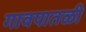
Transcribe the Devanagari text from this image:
गावपातळी